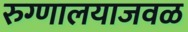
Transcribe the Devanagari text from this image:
रुग्णालयाजवळ